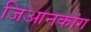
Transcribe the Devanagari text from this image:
जिआनकांग